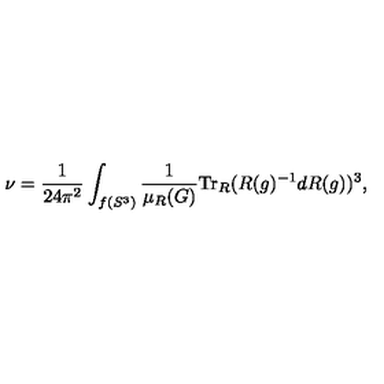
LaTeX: \nu = \frac { 1 } { 2 4 \pi ^ { 2 } } \int _ { f ( S ^ { 3 } ) } \frac { 1 } { \mu _ { R } ( G ) } \mathrm { T r } _ { R } ( R ( g ) ^ { - 1 } d R ( g ) ) ^ { 3 } ,